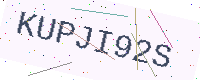
Text: KUPJI92S